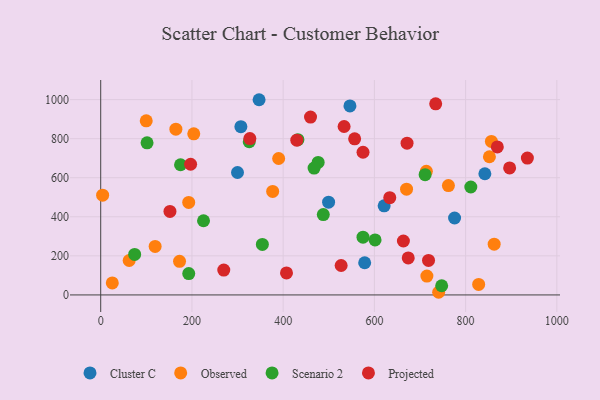
{"axis": {"x": "Price", "y": "Sales"}, "legend": ["Cluster C", "Observed", "Projected", "Scenario 2"], "data": [{"x": "842.2", "y": 620.3, "type": "Cluster C"}, {"x": "499.6", "y": 475.1, "type": "Cluster C"}, {"x": "347.2", "y": 999.4, "type": "Cluster C"}, {"x": "775.8", "y": 393.9, "type": "Cluster C"}, {"x": "546.4", "y": 967.6, "type": "Cluster C"}, {"x": "578.7", "y": 164.7, "type": "Cluster C"}, {"x": "299.9", "y": 626.8, "type": "Cluster C"}, {"x": "621.4", "y": 456.4, "type": "Cluster C"}, {"x": "307.3", "y": 861.6, "type": "Cluster C"}, {"x": "740.9", "y": 13.6, "type": "Observed"}, {"x": "119.3", "y": 248.1, "type": "Observed"}, {"x": "670.5", "y": 541.4, "type": "Observed"}, {"x": "715.1", "y": 96.4, "type": "Observed"}, {"x": "4.2", "y": 510.8, "type": "Observed"}, {"x": "390.1", "y": 698.5, "type": "Observed"}, {"x": "99.8", "y": 891.3, "type": "Observed"}, {"x": "862.6", "y": 259.9, "type": "Observed"}, {"x": "856.5", "y": 785.8, "type": "Observed"}, {"x": "852.2", "y": 707.5, "type": "Observed"}, {"x": "762.3", "y": 560.0, "type": "Observed"}, {"x": "713.9", "y": 633.1, "type": "Observed"}, {"x": "204.0", "y": 825.0, "type": "Observed"}, {"x": "377.0", "y": 529.8, "type": "Observed"}, {"x": "828.6", "y": 54.0, "type": "Observed"}, {"x": "192.9", "y": 473.5, "type": "Observed"}, {"x": "172.8", "y": 171.8, "type": "Observed"}, {"x": "25.4", "y": 61.6, "type": "Observed"}, {"x": "62.4", "y": 176.2, "type": "Observed"}, {"x": "164.8", "y": 848.5, "type": "Observed"}, {"x": "747.5", "y": 46.9, "type": "Scenario 2"}, {"x": "711.2", "y": 615.7, "type": "Scenario 2"}, {"x": "575.0", "y": 295.7, "type": "Scenario 2"}, {"x": "354.4", "y": 258.7, "type": "Scenario 2"}, {"x": "601.5", "y": 281.7, "type": "Scenario 2"}, {"x": "325.6", "y": 784.3, "type": "Scenario 2"}, {"x": "476.7", "y": 678.5, "type": "Scenario 2"}, {"x": "467.8", "y": 649.3, "type": "Scenario 2"}, {"x": "811.4", "y": 552.7, "type": "Scenario 2"}, {"x": "193.0", "y": 109.5, "type": "Scenario 2"}, {"x": "488.0", "y": 411.5, "type": "Scenario 2"}, {"x": "74.4", "y": 207.3, "type": "Scenario 2"}, {"x": "432.3", "y": 795.1, "type": "Scenario 2"}, {"x": "101.6", "y": 778.6, "type": "Scenario 2"}, {"x": "175.0", "y": 666.4, "type": "Scenario 2"}, {"x": "225.4", "y": 379.7, "type": "Scenario 2"}, {"x": "674.2", "y": 189.4, "type": "Projected"}, {"x": "327.0", "y": 800.7, "type": "Projected"}, {"x": "527.1", "y": 150.6, "type": "Projected"}, {"x": "869.5", "y": 757.9, "type": "Projected"}, {"x": "663.6", "y": 276.0, "type": "Projected"}, {"x": "533.6", "y": 862.4, "type": "Projected"}, {"x": "151.8", "y": 427.4, "type": "Projected"}, {"x": "718.7", "y": 176.8, "type": "Projected"}, {"x": "197.1", "y": 669.0, "type": "Projected"}, {"x": "633.7", "y": 498.1, "type": "Projected"}, {"x": "734.4", "y": 978.2, "type": "Projected"}, {"x": "429.9", "y": 792.1, "type": "Projected"}, {"x": "407.3", "y": 112.9, "type": "Projected"}, {"x": "935.4", "y": 700.8, "type": "Projected"}, {"x": "556.7", "y": 799.3, "type": "Projected"}, {"x": "269.8", "y": 127.5, "type": "Projected"}, {"x": "575.1", "y": 730.5, "type": "Projected"}, {"x": "671.6", "y": 777.0, "type": "Projected"}, {"x": "460.0", "y": 910.8, "type": "Projected"}, {"x": "896.5", "y": 650.0, "type": "Projected"}]}